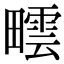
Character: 𤳟